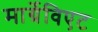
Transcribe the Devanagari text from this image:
मार्ग्रेविएट